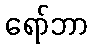
ရော်ဘာ